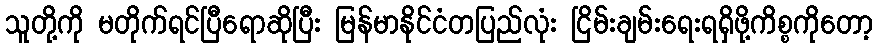
သူတို့ကို မတိုက်ရင်ပြီရောဆိုပြီး မြန်မာနိုင်ငံတပြည်လုံး ငြိမ်းချမ်းရေးရရှိဖို့ကိစ္စကိုတော့